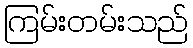
ကြမ်းတမ်းသည်